Annual report of the Punjab Veterinary College and of the Civil Veterinary Department, Punjab - 1920-1925
Year: 1920
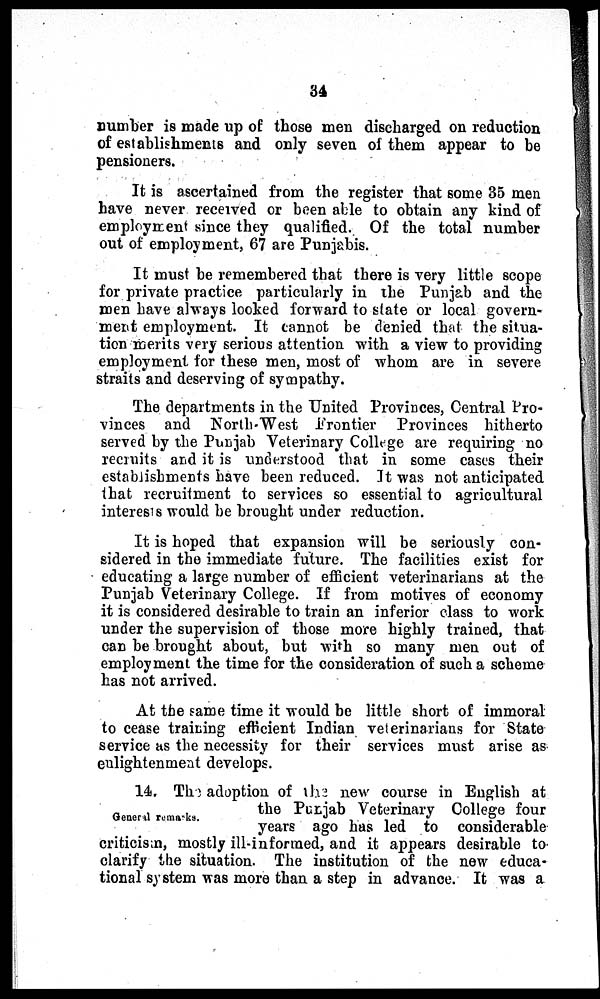
34
number is made up of those men discharged on reduction
of establishments and only seven of them appear to be
pensioners.
It is ascertained from the register that some 35 men
have never received or been able to obtain any kind of
employmen since they qualified. Of the total number
out of employment, 67 are Punjabis.
It must be remembered that there is very little scope
for private practice particularly in the Punjab and the
men have always looked forward to state or local govern-
ment employment. It cannot be denied that the situa-
tion merits very serious attention with a view to providing
employment for these men, most of whom are in severe
straits and deserving of sympathy.
The departments in the United Provinces, Central Pro-
vinces and North-West Frontier Provinces hitherto
served by the Punjab Veterinary College are requiring no
recruits and it is understood that in some cases their
establishments have been reduced. It was not anticipated
that recruitment to services so essential to agricultural
interests would be brought under reduction.
It is hoped that expansion will be seriously con-
sidered in the immediate future. The facilities exist for
educating a large number of efficient veterinarians at the
Punjab Veterinary College. If from motives of economy
it is considered desirable to train an inferior class to work
under the supervision of those more highly trained, that
can be brought about, but with so many men out of
employment the time for the consideration of such a scheme
has not arrived.
At the same time it would be little short of immoral
to cease training efficient Indian veterinarians for State
service as the necessity for their services must arise as
enlightenment develops.
General remarks.
14. The adoption of the new course in English at
the Punjab Veterinary College four
years ago has led to considerable
criticism, mostly ill-informed, and it appears desirable to
clarify the situation. The institution of the new educa-
tional system was more than a step in advance. It was a